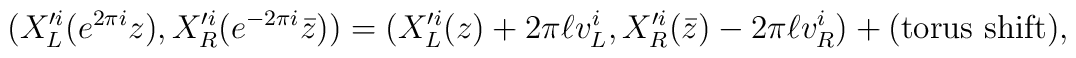
(X_L^{\prime i}(e^{2\pi i}z), X_R^{\prime i}(e^{-2\pi i}\bar{z}))= (X_L^{\prime i}(z)+2\pi \ell v_L^i,   X_R^{\prime i}(\bar{z})-2\pi \ell v_R^i)+ ({\rm torus \  shift}),